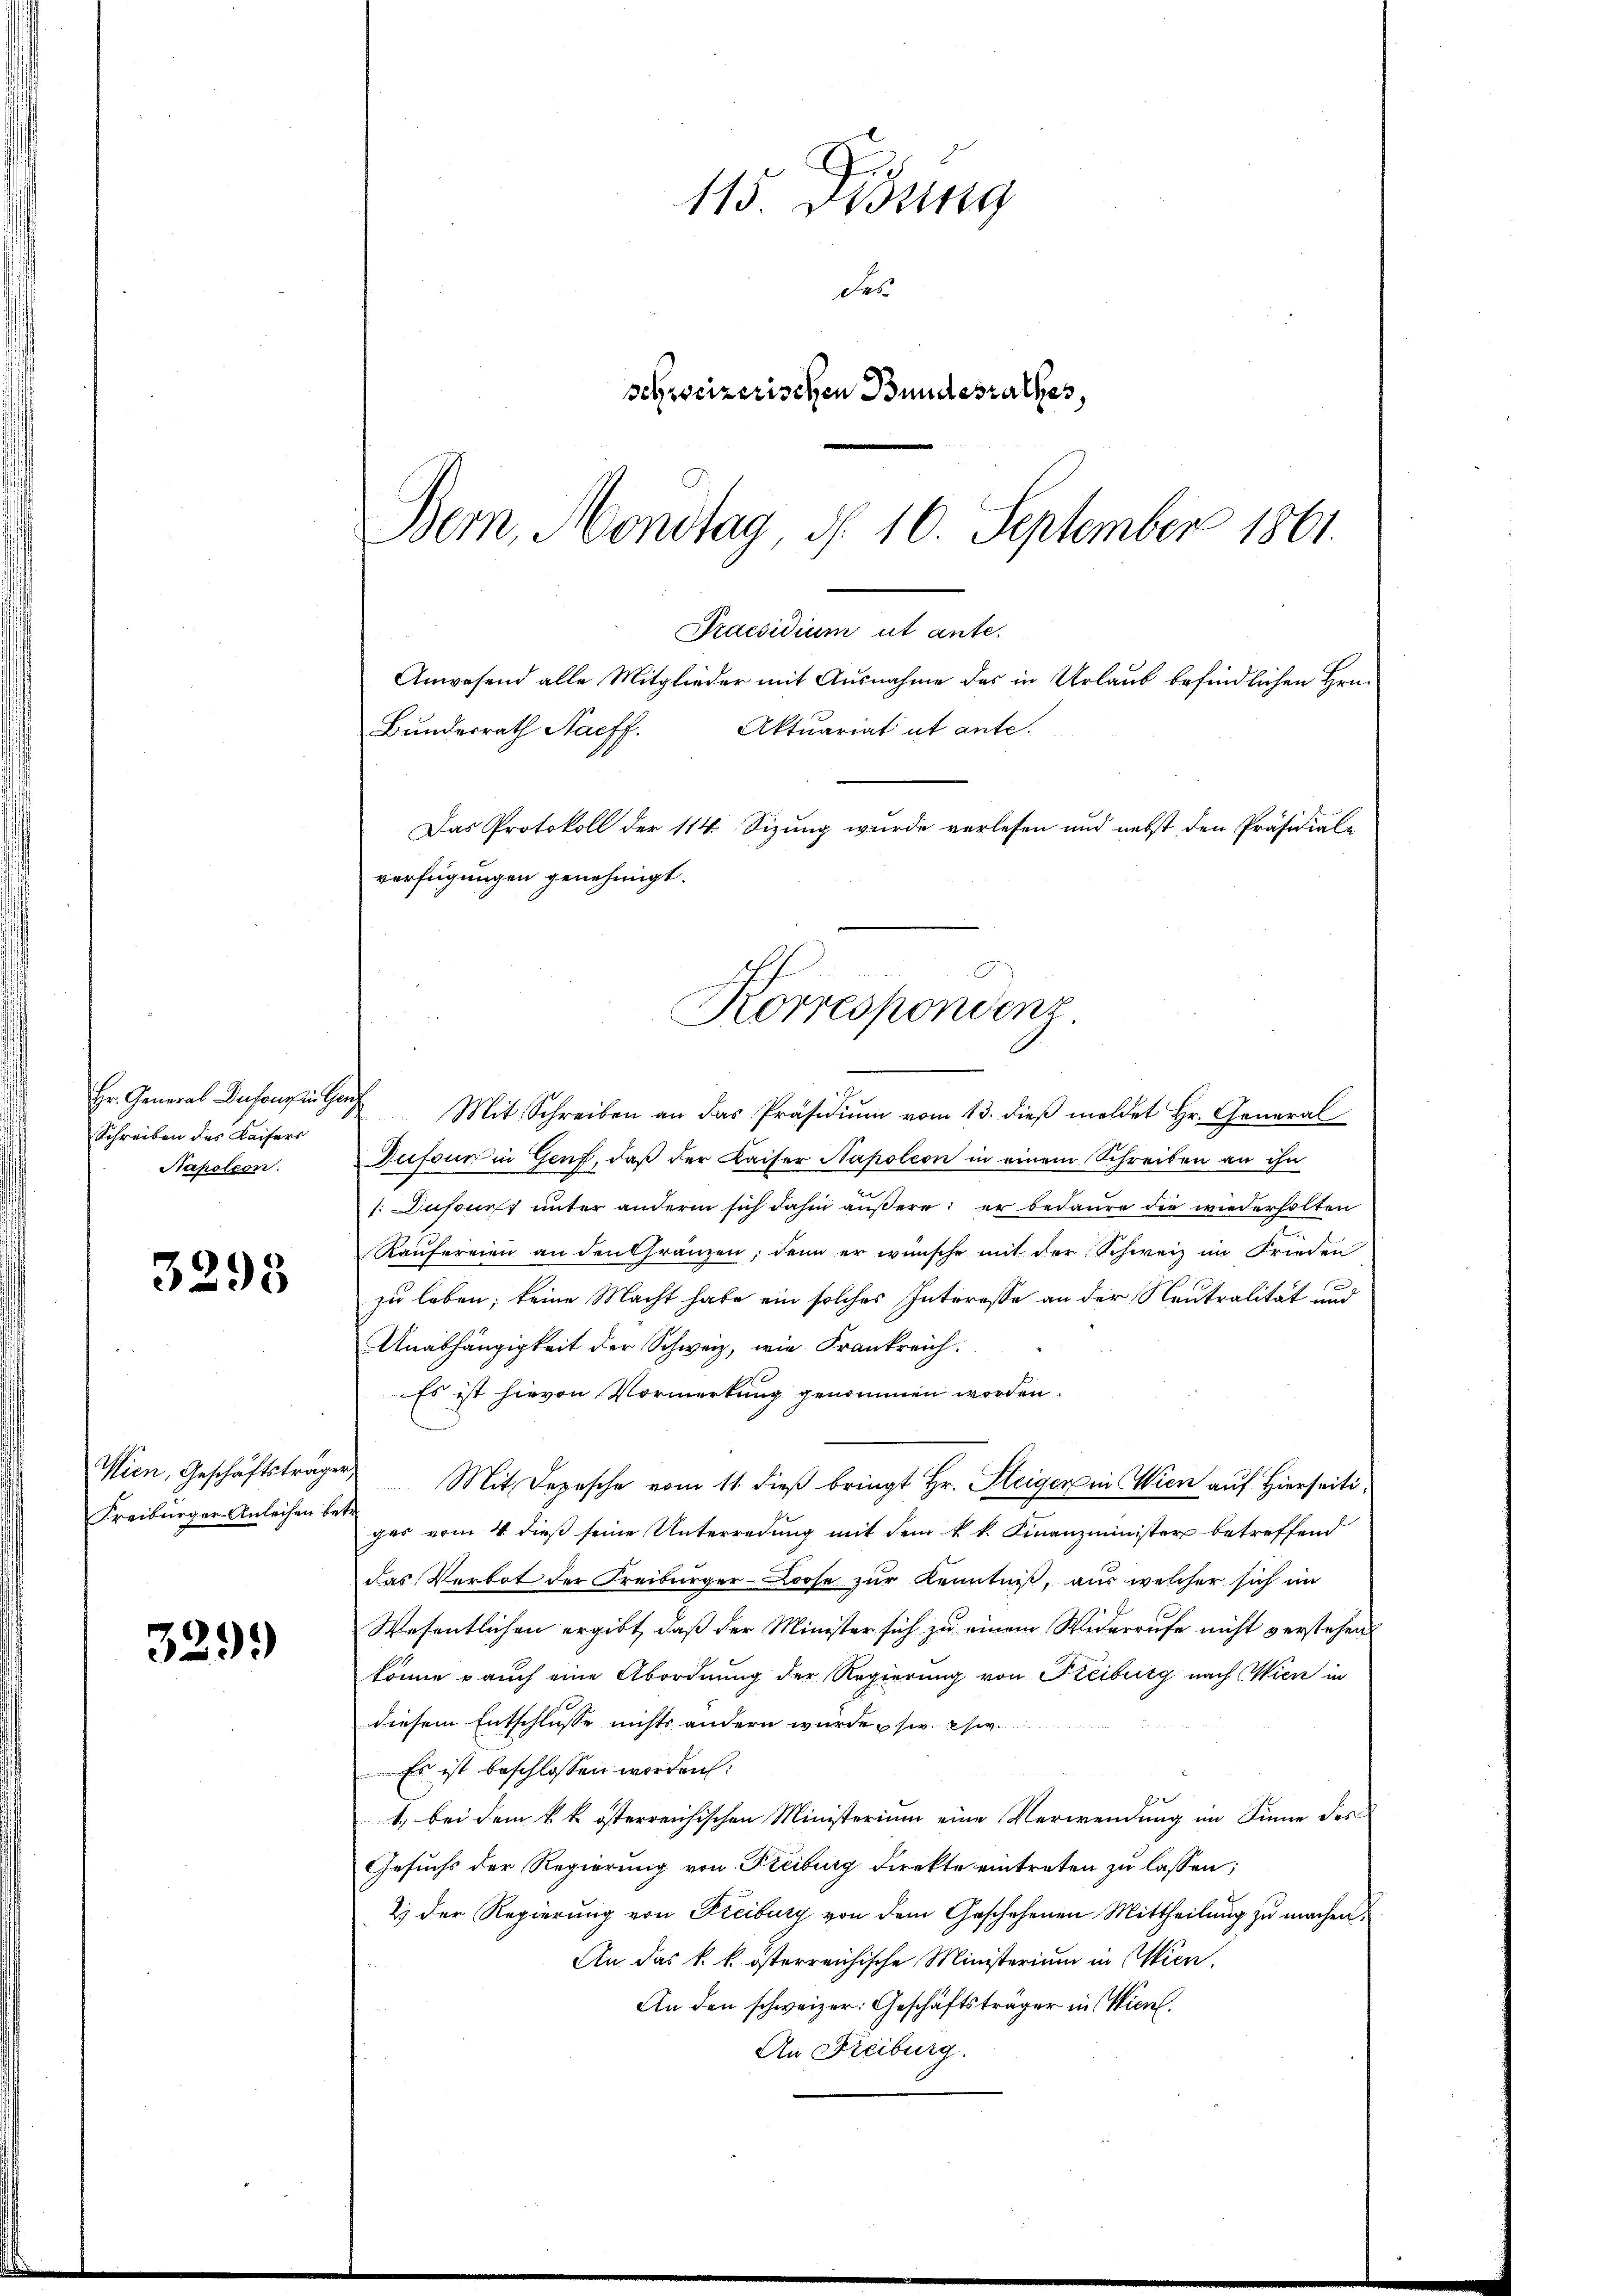
Hr. General Antons in Hau
Schreiben des Kaisers
Napoleon.

3293

Freiburger Anleihen betr.

329.

115 Didung
des
schweizerischen Bundesrathes,
Bern, Montag, d. 10. September 1861.

Bundesrath Nacff.

Praesidium ut ante.
Anwesend alle Mitglieder mit Ausnahme des in Urlaub befindlichen Hrn.
Aktuariat ut ante.
Das Protokoll der 114. Sizung wurde verlesen und nebst den Präsidiale
verfügungen genehmigt.
Korrespondenz.

2
Mit Schreiben an das Präsidiŭm vom 13. dieβ meldet Hr. General
Dufour in Genf, daß der Kaiser Napoleon in einem Schreiben an ihn
1: Dufours unter anderm sich dahin äußere; er bedaure die wiederholten
Raufereien an den Gränzen, denn er wünsche mit der Schweiz im Frieden
zu leben; keine Macht habe ein solches Interesse an der Neutralität und
Anabhängigkeit der Schweiz, wie Frankreich:
Es ist hievon Vormerkung genommen worden.
Wien, Geschäftsträger Mit Depesche vom 11. dieß bringt Hr. Steiger in Wien auf Hierseitiges vom 4 dieß seine Unterredung mit dem k. k. Finanzminister betreffend
das Verbot der Freiburger-Loose zur Kenntniß, aus welcher sich im
Wesentlichen ergibt, daß der Minister sich zu einem Widerrufe nicht verstehen
könne auch eine Abordnung der Regierung von Freiburg nach Wien in
diesem Entschlusse nichts andern würde, s. w.
Es ist beschlossen worden:
1. bei dem k. k. österreichischen Ministerium eine Verwendung im Sinne des
Gesuchs der Regierung von Freiburg direkte eintreten zu lassen;
2) der Regierung von Freiburg von dem Geschehenen Mittheilung zu machen
An das k. k. österreichische Ministerium in Wien,
An den schweizer: Geschäftsträger in Wien.
An Freiburg.